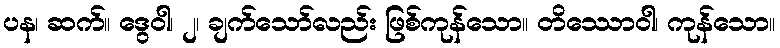
ပန၊ ဆက်။ ဒွေဝါ၊ ၂၊ ချက်သော်လည်း ဖြစ်ကုန်သော။ တိဿောဝါ၊ ကုန်သော။